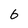
Character: 6